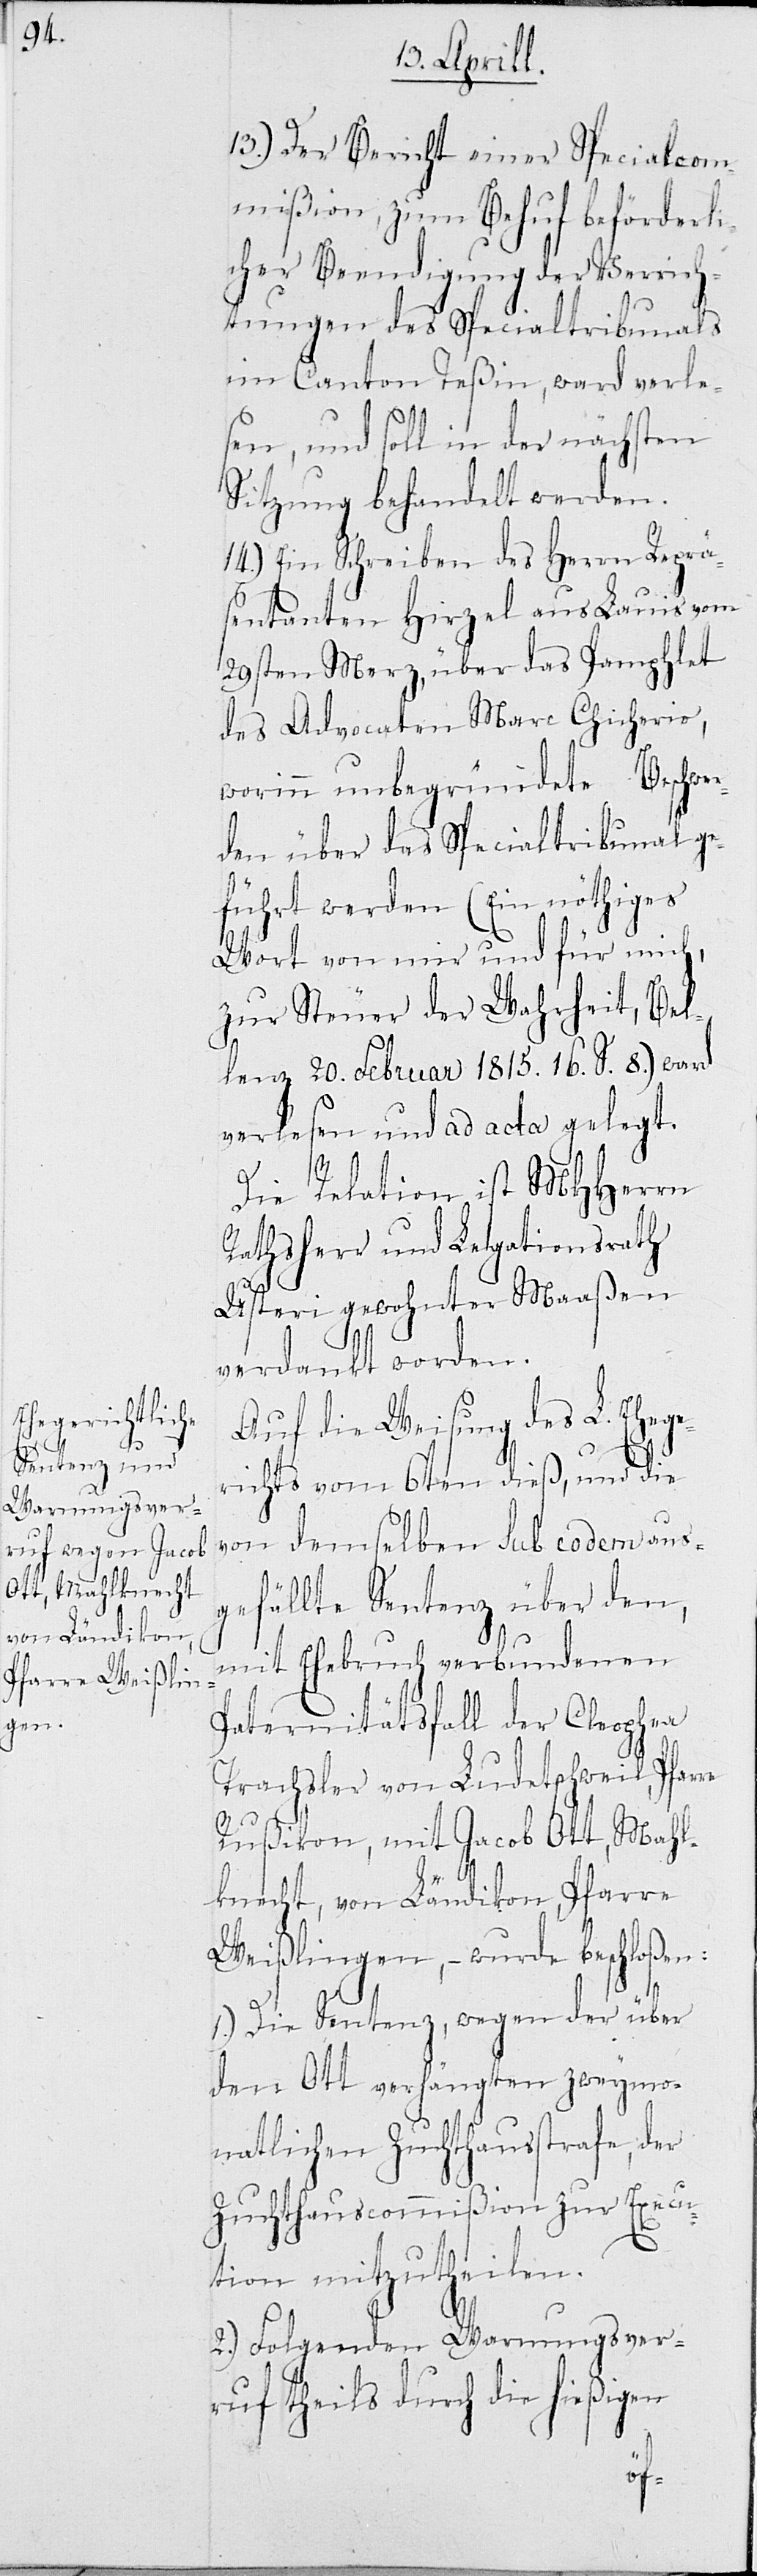
13.) Der Bericht einer SpecialCom¬
mißion, zum Behuf beförderli¬
cher Beendigung der Verrich¬
tungen des Spezialtribunals
im Canton Teßin, ward verle¬
sen, und soll in der nächsten
Sitzung behandelt werden.
14.) Ein Schreiben des Herrn Reprä¬
sentanten Hirzel aus Lauis vom
29sten Merz, über das Pamphlet
des Advocaten Marc Chicherio,
worinn unbegründete Beschwer¬
den über das Specialtribunal ge¬
führt werden (Ein nöthiges
Wort von mir und für mich,
zur Steuer der Wahrheit, Bel¬
lenz 20. Februar 1815. 16 S. 8.) ward
verlesen und ad acta gelegt.
Die Relation ist MHHerrn
Rathsherr und Legationsrath
Usteri gewohnter Maaßen
verdankt worden.
Auf die Weisung des L. Ehege¬
richts unterm 6ten dieß, und die
von demselben sub eodem aus¬
gefällte Sentenz über den,
mit Ehebruch verbundenen
Paternitätsfall der Cleophea
Trachsler von Ludetschweil, Pfar¬
Rußikon, mit Jacob Ott, Mahl¬
re
knecht, von Ländikon, Pfarre
Weißlingen, – wurde beschloßen:
1.) Die Sentenz, wegen der über
den Ott verhängten zweymo¬
natlichen Zuchthausstrafe, der
Zuchthauscommißion zur Execu¬
tion mitzutheilen.
2.) Folgenden Warnungsver¬
ruf theils durch die hießigen